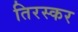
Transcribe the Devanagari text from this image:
तिरस्कर